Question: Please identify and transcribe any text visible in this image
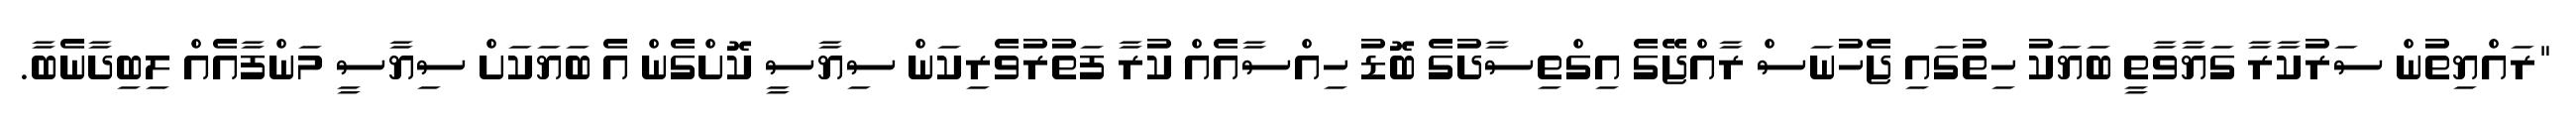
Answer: "ރައްޔިތުން ސަރުކާރާ ގަޔާވާތީ ބަޔަކު ހިތުގައި ޖެހުނަސް ރާއްޖޭގެ އިގްތިސާދުގެ ބޮޑު ހިއްސާއެއް ކުރާ ފަތުރުވެރިކަން ސިޔާސީ ކޮށްގެން އެ ބަޔަކަށް ސިޔާސީ މަންފާއެއް ލިބިދާނެބާ.